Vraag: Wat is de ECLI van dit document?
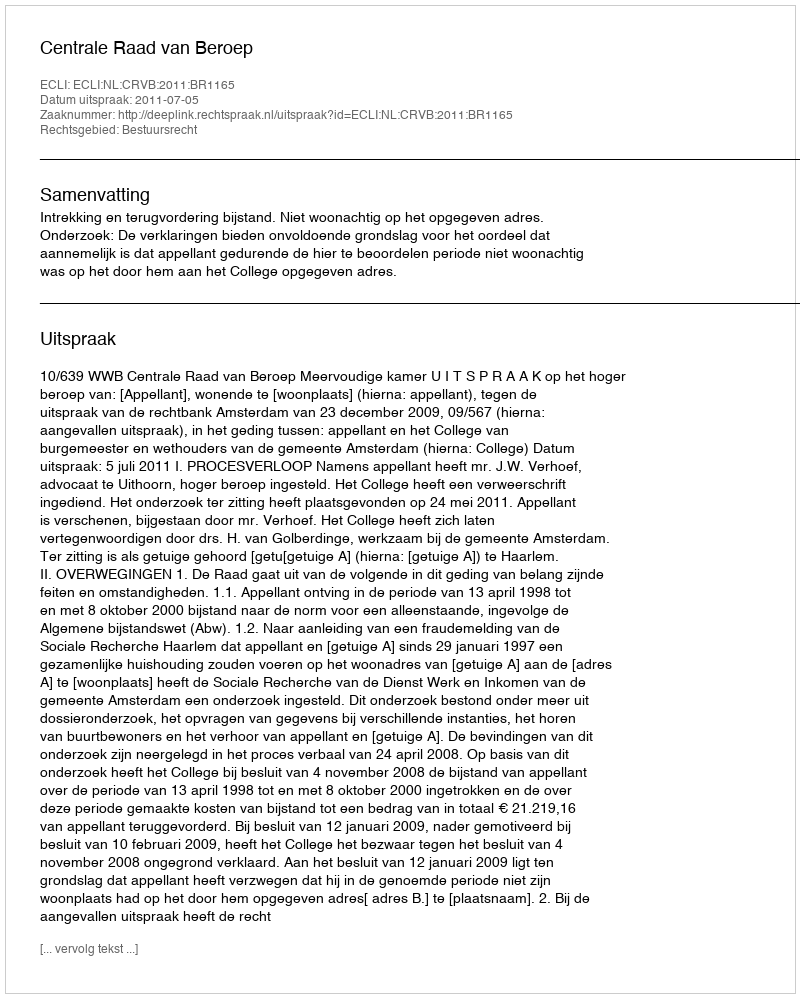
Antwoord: ECLI:NL:CRVB:2011:BR1165